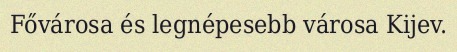
Fővárosa és legnépesebb városa Kijev.